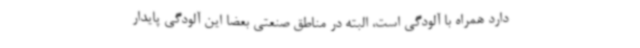
دارد همراه با آلودگی است، البته در مناطق صنعتی بعضا این آلودگی پایدار